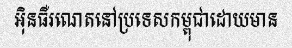
អ៊ិនធឺរណេតនៅប្រទេសកម្ពុជាដោយមាន